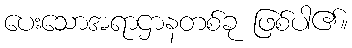
ပေးသောအရာဌာနတစ်ခု ဖြစ်ပါ၏။